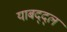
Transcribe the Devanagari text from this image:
याबद्द्ल